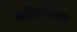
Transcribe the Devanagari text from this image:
वडीलांच्याच